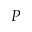
P